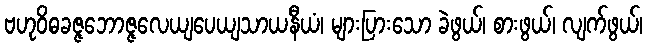
ဗဟုဝိဓခဇ္ဇဘောဇ္ဇလေယျပေယျသာယနီယံ၊ များပြားသော ခဲဖွယ်၊ စားဖွယ်၊ လျက်ဖွယ်၊